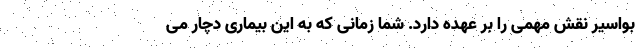
بواسیر نقش مهمی را بر عهده دارد. شما زمانی که به این بیماری دچار می